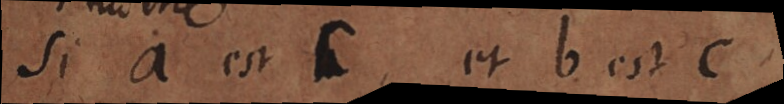
Si a est c, et b est c